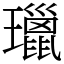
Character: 㼃